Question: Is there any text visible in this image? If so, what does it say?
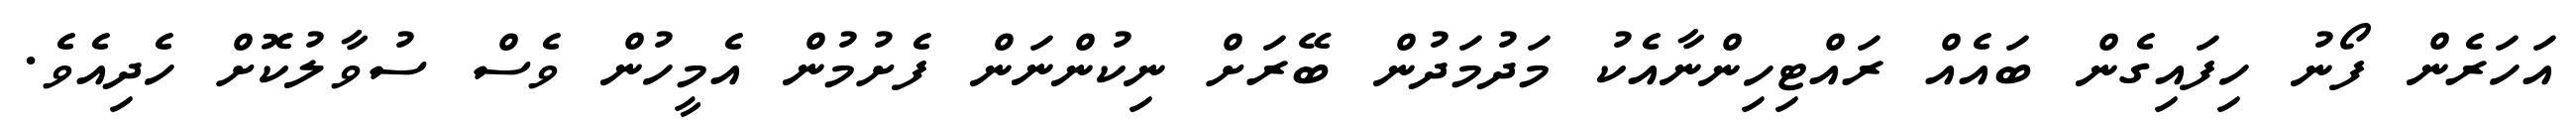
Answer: އަހަރެން ފޯނު ހިފައިގެން ބައެއް ރައްޓިހިންނާއެކު މަދުމަދުން ބޭރަށް ނިކުންނަން ފެށުމުން އެމީހުން ވެސް ސުވާލުކޮށް ހެދިއެވެ.